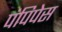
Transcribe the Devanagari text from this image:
पंपिपेस